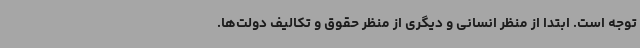
توجه است. ابتدا از منظر انسانی و دیگری از منظر حقوق و تکالیف دولت‌ها.